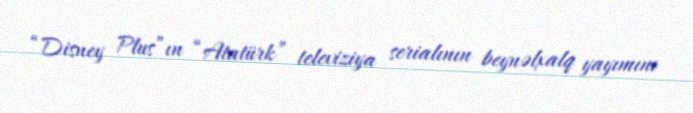
“Disney Plus”ın “Atatürk” televiziya serialının beynəlxalq yayımını